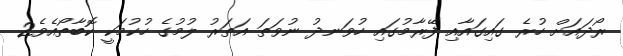
ރޯދައަށް ހުރެ ގައިގައާއި ފޭރާމުގައި ހުވަނދު ނުވަތަ އަތަރު ލުމުގެ ހުކުމަކީ ކޮބާތޯއެވެ2